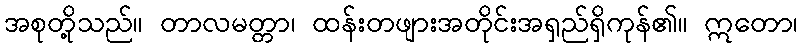
အစုတို့သည်။ တာလမတ္တာ၊ ထန်းတဖျားအတိုင်းအရှည်ရှိကုန်၏။ ဣတော၊